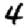
Digit: 4